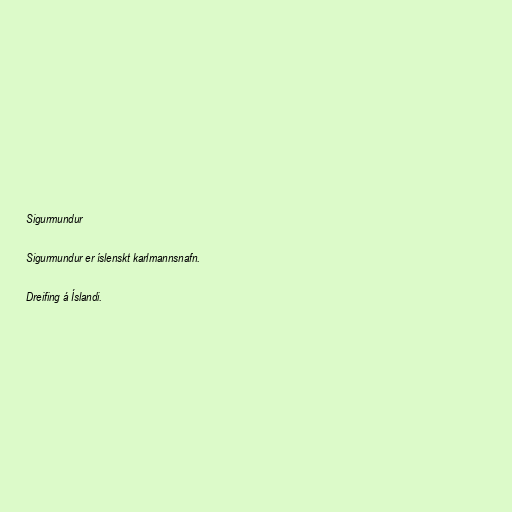
Sigurmundur

Sigurmundur er íslenskt karlmannsnafn.

Dreifing á Íslandi.